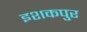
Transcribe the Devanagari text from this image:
इशकपुर